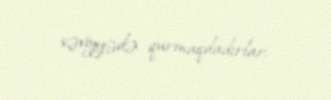
səviyyədə qurmaqdadırlar.